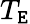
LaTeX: T_{\mathtt{E}}